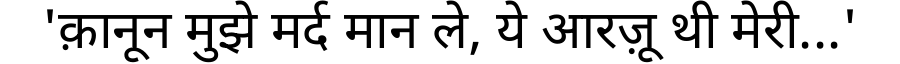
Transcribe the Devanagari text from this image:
'क़ानून मुझे मर्द मान ले, ये आरज़ू थी मेरी...'